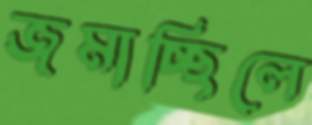
জমাচ্ছিলে